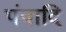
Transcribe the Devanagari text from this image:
पंपादि